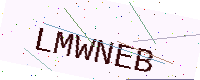
Text: LMWNEB